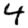
Digit: 4